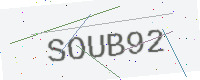
Text: SOUB92